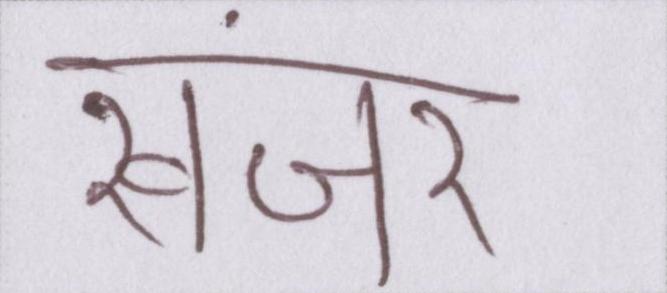
खंजर